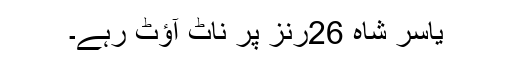
یاسر شاہ 26رنز پر ناٹ آؤٹ رہے۔